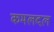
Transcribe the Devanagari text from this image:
कमलदल